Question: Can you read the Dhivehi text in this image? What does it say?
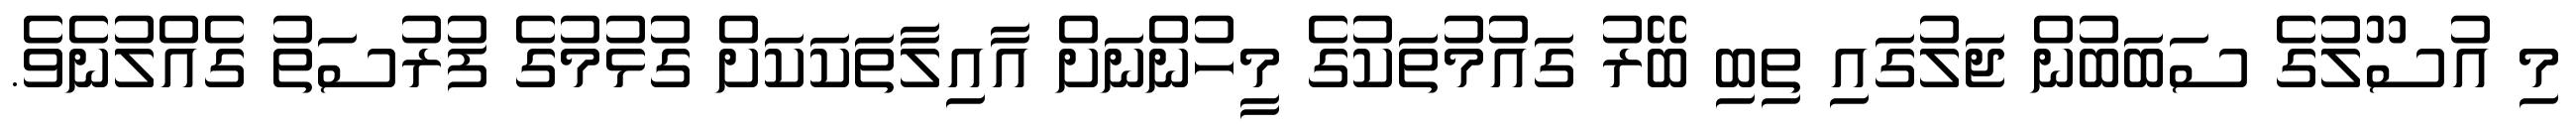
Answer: މި އުސޫލުގެ ސަބަބުން ޖަލުގައި ތިބި ބޭރު ގައުމުތަކުގެ މީހުންނަށް އާއިލާތަކަކަށް ގުޅުމުގެ ފުރުސަތު ގެއްލުނެވެ.